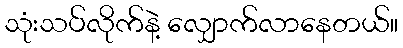
သုံးသပ်လိုက်နဲ့ လျှောက်လာနေတယ်။